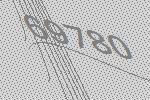
69780